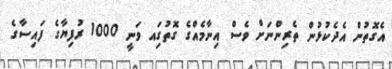
އެގޮތުން އެދެކުޅުން ތެރިންނަށް ވެސް އިނާމެއްގެ ގޮތުގަިއ ވަނީ 1000 ރުފިޔާގެ ފައިސާގެ